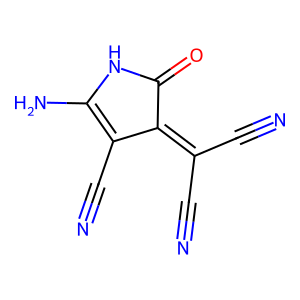
SMILES: N#CC(C#N)=C1C(=O)NC(N)=C1C#N
Inhibits HIV replication: No